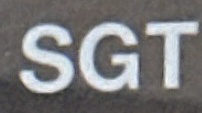
SGT